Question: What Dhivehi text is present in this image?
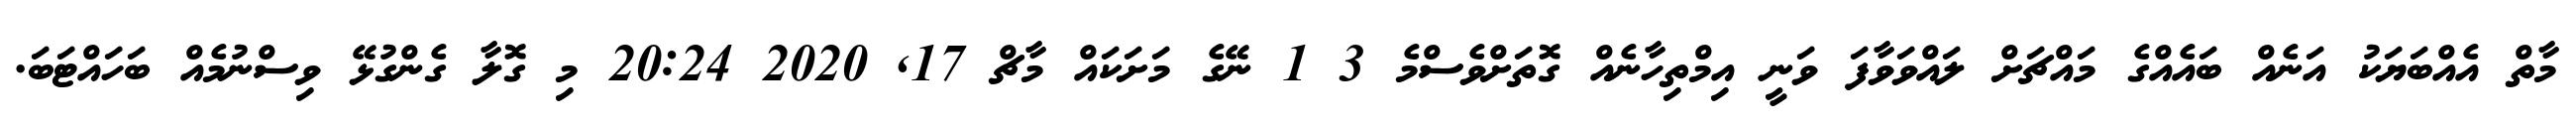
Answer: މާތް އެއްބަޔަކު އަނެއް ބައެއްގެ މައްޗަށް ލައްވަވާފަ ވަނީ އިމްތިހާނެއް ގޮތަށްވެސްމެ 3 1 ނޭގެ މަށަކައް މާޗް 17, 2020 20:24 މި ގޮލާ ގެންގުޅޭ ވިސްނުމެއް ބަހައްޓަބަ.